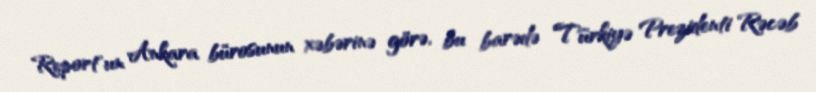
Report"un Ankara bürosunun xəbərinə görə, bu barədə Türkiyə Prezidenti Rəcəb